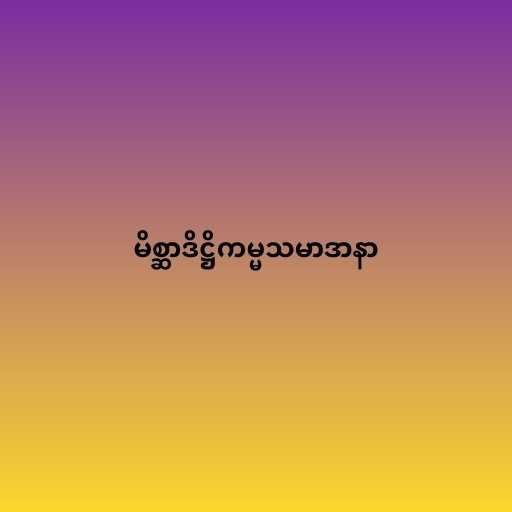
မိစ္ဆာဒိဋ္ဌိကမ္မသမာဒာနာ